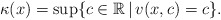
\begin{align*}\kappa(x)= \sup\{c\in \mathbb{R}\,\vert\,v(x,c)=c\} . \end{align*}